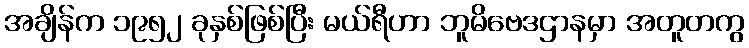
အချိန်က ၁၉၅၂ ခုနှစ်ဖြစ်ပြီး မယ်ရီဟာ ဘူမိဗေဒဌာနမှာ အတူတကွ